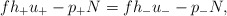
\begin{align*} fh_+u_+-p_+N=fh_-u_--p_-N,\end{align*}